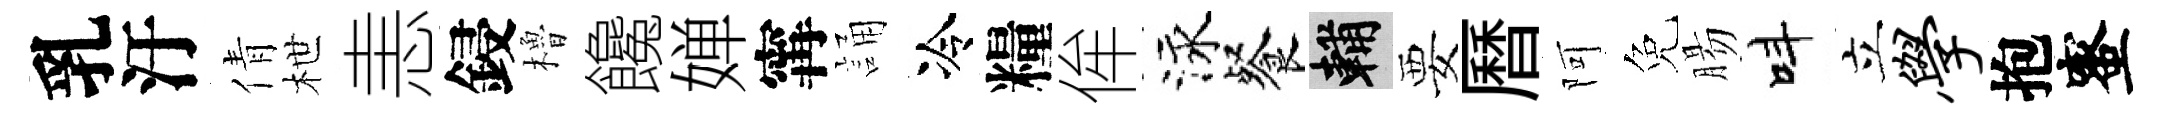
乳汙倩枻恚鋟櫓饞婵𡩋誦冷糧侔泳餐輔要曆阿免腸呌立学抱蜜